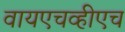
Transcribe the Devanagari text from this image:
वायएचव्हीएच